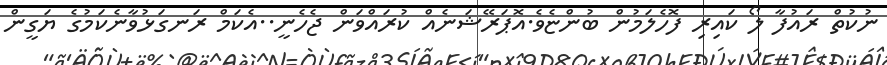
ނުކުތް ރައުފާ ލޯ ކައިރި ފޮހެލަމުން ބުންޏެވެ.އޮޕަރޭޝަނެއް ކުރައްވަން ޖެހެނީ..އެކަމް ރަނގަޅުވާނެކަމުގެ ޔަގީން